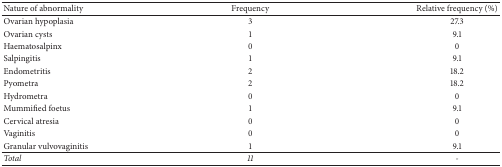
| Nature of abnormality | Frequency | Relative frequency (%) |
 | --- | --- | --- |
 | Ovarian hypoplasia | 3 | 27.3 |
 | Ovarian cysts | 1 | 9.1 |
 | Haematosalpinx | 0 | 0 |
 | Salpingitis | 1 | 9.1 |
 | Endometritis | 2 | 18.2 |
 | Pyometra | 2 | 18.2 |
 | Hydrometra | 0 | 0 |
 | Mummified foetus | 1 | 9.1 |
 | Cervical atresia | 0 | 0 |
 | Vaginitis | 0 | 0 |
 | Granular vulvovaginitis | 1 | 9.1 |
 | Total | 11 | - |